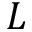
L